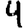
Digit: 4